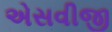
એસવીજી